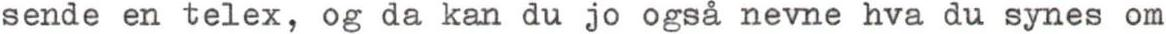
sende en telex, og da kan du jo også nevne hva du synes om